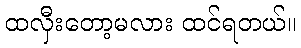
ထလှီးတော့မလား ထင်ရတယ်။